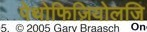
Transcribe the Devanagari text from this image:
पेथोफिज़ियोलजि